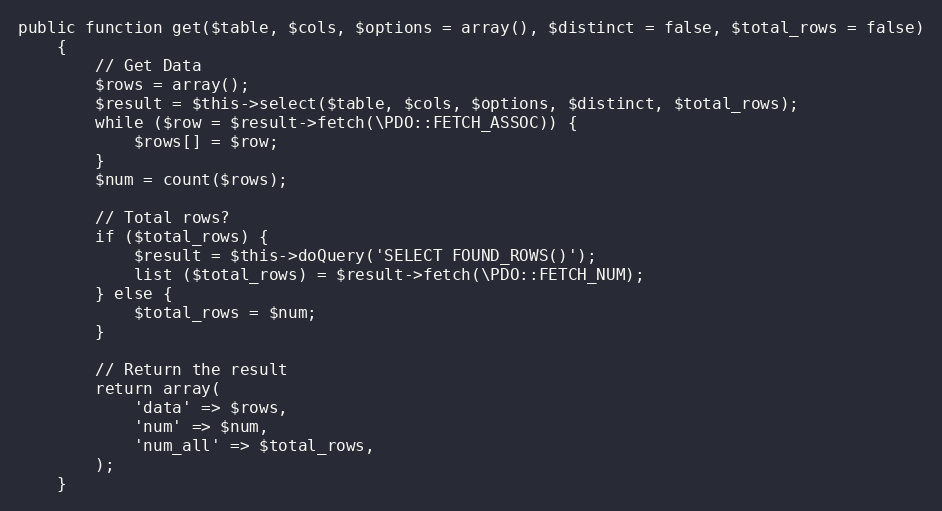
Language: PHP
public function get($table, $cols, $options = array(), $distinct = false, $total_rows = false)
    {
        // Get Data
        $rows = array();
        $result = $this->select($table, $cols, $options, $distinct, $total_rows);
        while ($row = $result->fetch(\PDO::FETCH_ASSOC)) {
            $rows[] = $row;
        }
        $num = count($rows);

        // Total rows?
        if ($total_rows) {
            $result = $this->doQuery('SELECT FOUND_ROWS()');
            list ($total_rows) = $result->fetch(\PDO::FETCH_NUM);
        } else {
            $total_rows = $num;
        }

        // Return the result
        return array(
            'data' => $rows,
            'num' => $num,
            'num_all' => $total_rows,
        );
    }